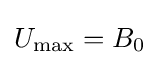
U_{\text{max}}=B_{0}